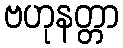
ဗဟုနတ္တာ